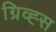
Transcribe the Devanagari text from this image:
ग्रिव्ह्स